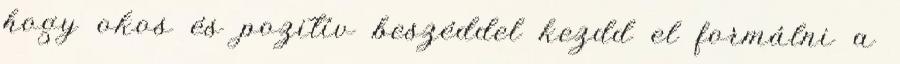
hogy okos és pozitív beszéddel kezdd el formálni a